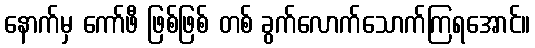
နောက်မှ ကော်ဖီ ဖြစ်ဖြစ် တစ် ခွက်လောက်သောက်ကြရအောင်။